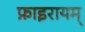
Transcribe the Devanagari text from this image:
फ़ाइरायम्